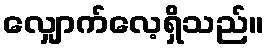
လျှောက်လေ့ရှိသည်။